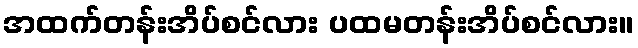
အထက်တန်းအိပ်စင်လား ပထမတန်းအိပ်စင်လား။